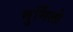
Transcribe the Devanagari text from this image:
मुर्मिलो